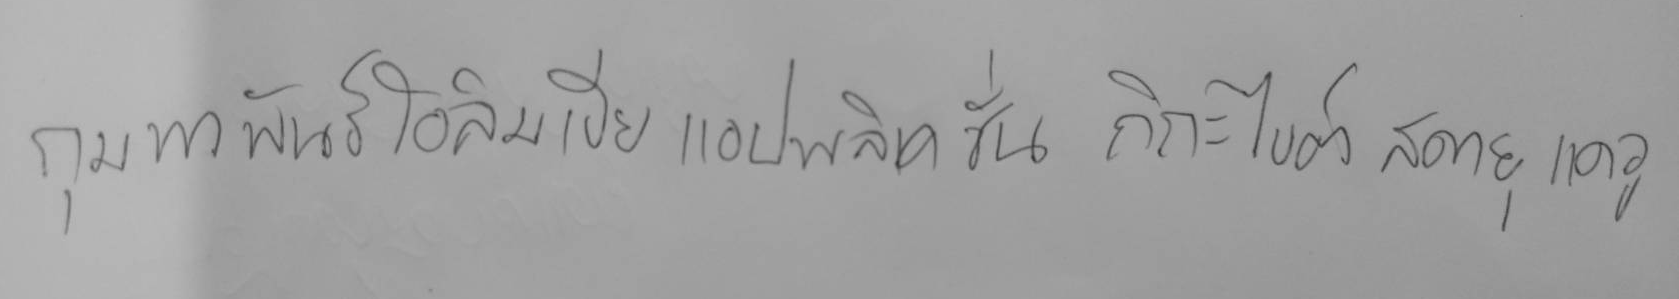
กุมพาพันธ์ โอลิมเปีย แอปพลิเคชั่น กิกะไบต์ สดายุ แดวู